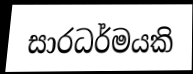
සාරධර්මයකි